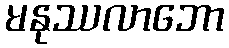
မနုဿလာဘော